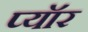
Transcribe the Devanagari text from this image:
प्यॉर